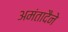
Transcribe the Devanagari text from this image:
अमंतादैने